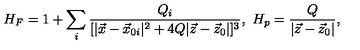
H _ { F } = 1 + \sum _ { i } { \frac { Q _ { i } } { [ | \vec { x } - \vec { x } _ { 0 i } | ^ { 2 } + 4 Q | \vec { z } - \vec { z } _ { 0 } | ] ^ { 3 } } } , \ H _ { p } = { \frac { Q } { | \vec { z } - \vec { z } _ { 0 } | } } ,